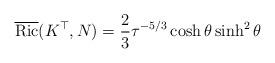
LaTeX: \begin{align*}\overline{\rm Ric}(K^\top,N)=\frac{2}{3}\tau^{-5/3}\cosh\theta\sinh^2\theta\end{align*}